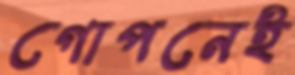
গোপনেই